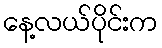
နေ့လယ်ပိုင်းက